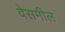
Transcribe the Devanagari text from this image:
वेसमील